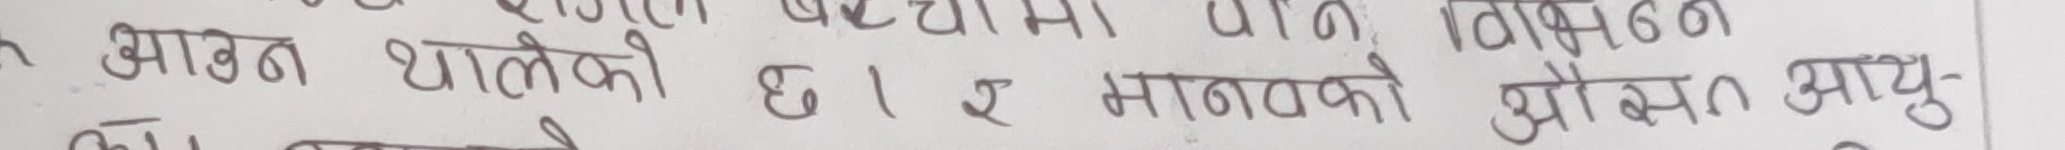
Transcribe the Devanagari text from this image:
आवत थालेको छ । र मानवको औसत आयु-